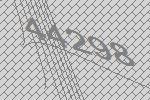
44298